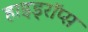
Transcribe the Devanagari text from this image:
हाइड्रॉप्स